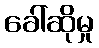
ခေါ်ဆိုမှု